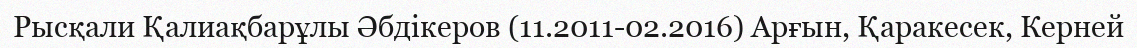
Рысқали Қалиақбарұлы Әбдікеров (11.2011-02.2016) Арғын, Қаракесек, Керней